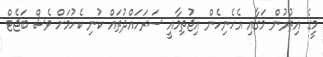
މީގެ އިތުރުން މަގާއި އެހެނިހެން އިޖުތިމާއީ ސަރަހައްދުތައް ކުނި ކެހުމަށް ވެސް ބަޖެޓް